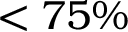
< 7 5 \%